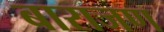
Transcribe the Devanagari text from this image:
बाराजण